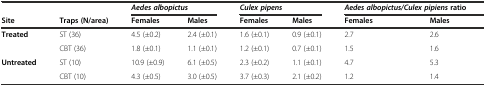
<table><thead><tr><td></td><td></td><td colspan="2"><b><i>Aedes albopictus</i></b></td><td colspan="2"><b><i>Culex pipens</i></b></td><td colspan="2"><b><i>Aedes albopictus/Culex pipiens</i>ratio</b></td></tr><tr><td><b>Site</b></td><td><b>Traps (N/area)</b></td><td><b>Females</b></td><td><b>Males</b></td><td><b>Females</b></td><td><b>Males</b></td><td><b>Females</b></td><td><b>Males</b></td></tr></thead><tbody><tr><td rowspan="2"><b>Treated</b></td><td>ST (36)</td><td>4.5 (±0.2)</td><td>2.4 (±0.1)</td><td>1.6 (±0.1)</td><td>0.9 (±0.1)</td><td>2.7</td><td>2.6</td></tr><tr><td>CBT (36)</td><td>1.8 (±0.1)</td><td>1.1 (±0.1)</td><td>1.2 (±0.1)</td><td>0.7 (±0.1)</td><td>1.5</td><td>1.6</td></tr><tr><td rowspan="2"><b>Untreated</b></td><td>ST (10)</td><td>10.9 (±0.9)</td><td>6.1 (±0.5)</td><td>2.3 (±0.2)</td><td>1.1 (±0.1)</td><td>4.7</td><td>5.3</td></tr><tr><td>CBT (10)</td><td>4.3 (±0.5)</td><td>3.0 (±0.5)</td><td>3.7 (±0.3)</td><td>2.1 (±0.2)</td><td>1.2</td><td>1.4</td></tr></tbody></table>